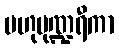
ဗဟုပုဏ္ဍရီကာ